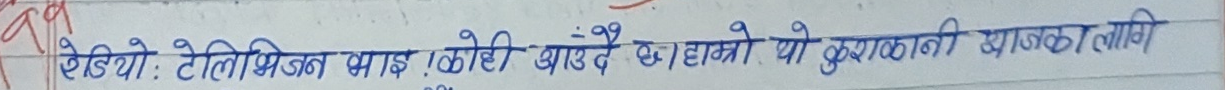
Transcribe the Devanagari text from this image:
रेडियो: टेलिभिजन भाई ! कोही आउँदै छ। आगो यो कुशकाली आजका लागि